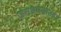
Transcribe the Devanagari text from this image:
जराश्रमवातहा